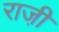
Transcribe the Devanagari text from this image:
राजी़